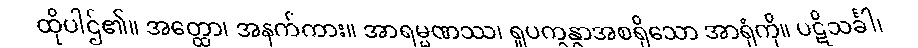
ထိုပါဌ်၏။ အတ္ထော၊ အနက်ကား။ အာရမ္မဏဿ၊ ရူပက္ခန္ဓာအစရှိသော အာရုံကို။ ပဋိသင်္ခါ၊